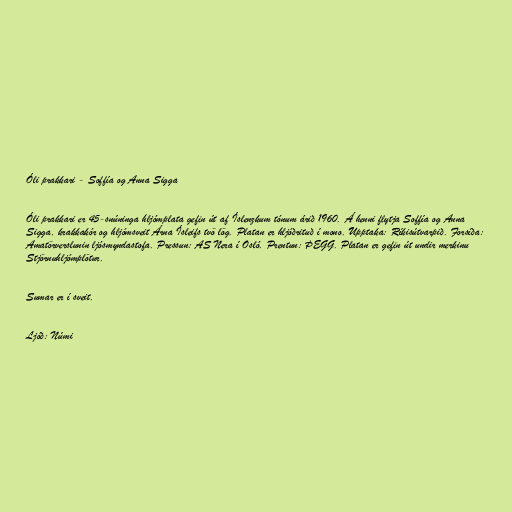
Óli prakkari - Soffía og Anna Sigga

Óli prakkari er 45-snúninga hljómplata gefin út af Íslenzkum tónum árið 1960. Á henni flytja Soffía og Anna
Sigga, krakkakór og hljómsveit Árna Ísleifs tvö lög. Platan er hljóðrituð í mono. Upptaka: Ríkisútvarpið. Forsíða:
Amatörverslunin ljósmyndastofa. Pressun: AS Nera í Osló. Prentun: ÞEGG. Platan er gefin út undir merkinu
Stjörnuhljómplötur.

Sumar er í sveit.

Ljóð: Númi